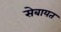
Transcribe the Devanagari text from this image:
सेबायत